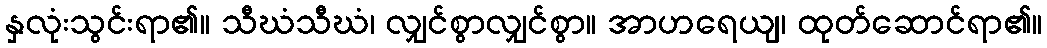
နှလုံးသွင်းရာ၏။ သီဃံသီဃံ၊ လျှင်စွာလျှင်စွာ။ အာဟရေယျ၊ ထုတ်ဆောင်ရာ၏။